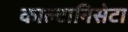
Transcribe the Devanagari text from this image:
काल्टानिसेटा